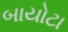
બાયોટા